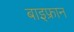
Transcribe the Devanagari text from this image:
बाइफ्रान